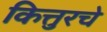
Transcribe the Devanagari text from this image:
कित्तुरचे